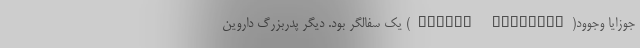
جوزایا وجوود(Josiah Wedgwood) یک سفالگر بود. دیگر پدربزرگ داروین